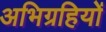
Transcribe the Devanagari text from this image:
अभिग्रहियों